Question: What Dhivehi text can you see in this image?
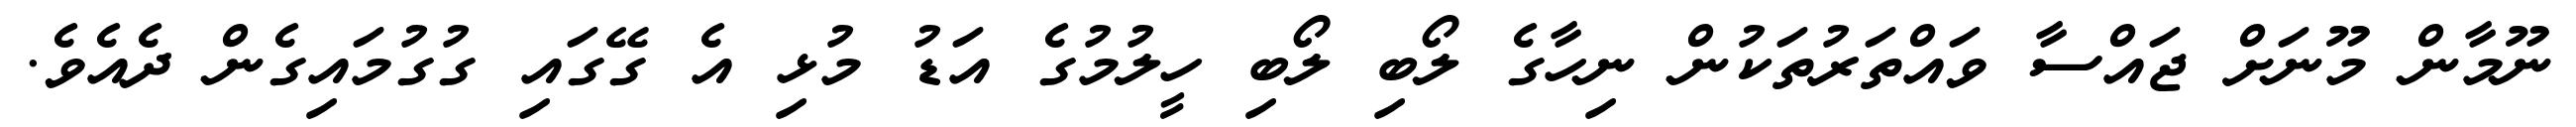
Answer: ނޫމާން މޫނަށް ޖައްސާ ވައްތަރުތަކުން ނިހާގެ ލޯބި ލޯބި ހީލުމުގެ އަޑު މުޅި އެ ގޭގައި ގުގުމައިގެން ދެއެވެ.